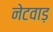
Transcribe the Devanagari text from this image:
नेटवाड़